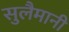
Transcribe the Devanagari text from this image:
सुलैमानी